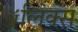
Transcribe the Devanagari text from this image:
ॲलिक्स